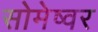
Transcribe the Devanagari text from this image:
सोमेष्वर